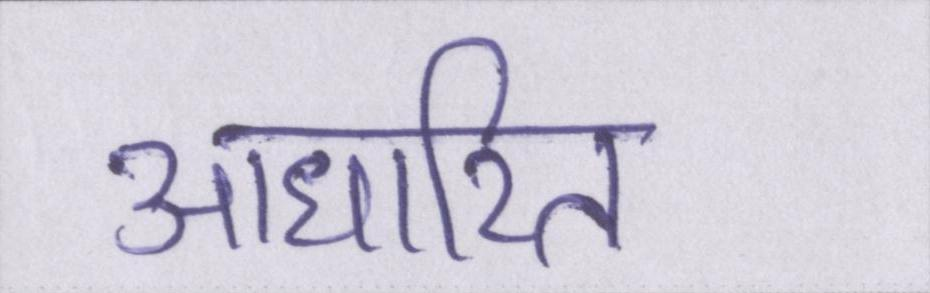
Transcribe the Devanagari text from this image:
आधारित